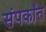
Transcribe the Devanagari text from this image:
संपर्कांत